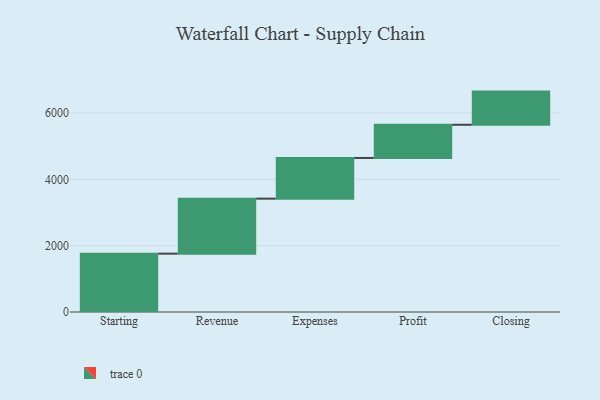
{"axis": {"x": "Step", "y": "Value"}, "legend": [""], "data": [{"x": "Starting", "y": 1759.0, "type": ""}, {"x": "Revenue", "y": 1658.0, "type": ""}, {"x": "Expenses", "y": 1227.0, "type": ""}, {"x": "Profit", "y": 1000, "type": ""}, {"x": "Closing", "y": 1000, "type": ""}]}